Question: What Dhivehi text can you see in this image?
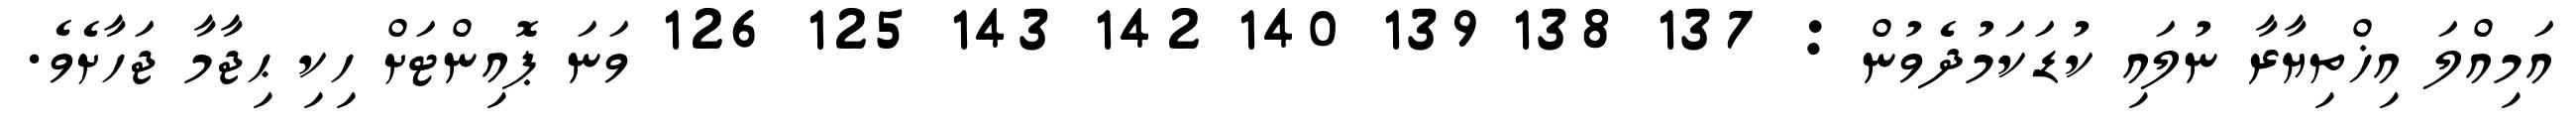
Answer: އަމިއްލަ އިޚްތިޔާރާ ނުލައި ކުޑަކަމުދެވުން : 137 138 139 140 142 143 125 126 ވަނަ ޕޮއިންޓަށް ހިކި ޙިޖާމާ ޖަހާށެވެ.